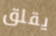
يقلق